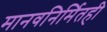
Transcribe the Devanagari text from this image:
मानवनिर्मितही